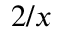
2 / x